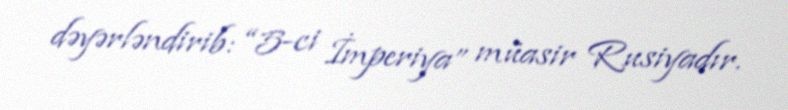
dəyərləndirib: “5-ci İmperiya” müasir Rusiyadır.